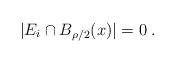
LaTeX: \begin{align*}|E_i \cap B_{\rho/2}(x)| = 0 \;.\end{align*}